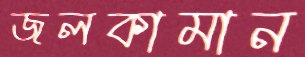
জলকামান